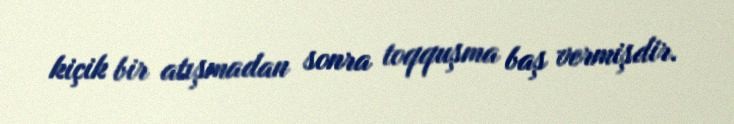
kiçik bir atışmadan sonra toqquşma baş vermişdir.